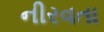
નીરવતા